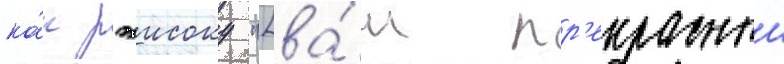
ка́к рэисоку "[ва́ш пр'екрасныи